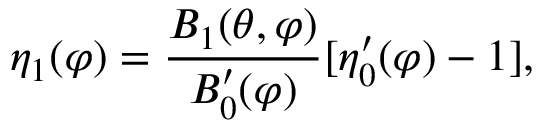
\eta _ { 1 } ( \varphi ) = \frac { B _ { 1 } ( \theta , \varphi ) } { B _ { 0 } ^ { \prime } ( \varphi ) } [ \eta _ { 0 } ^ { \prime } ( \varphi ) - 1 ] ,